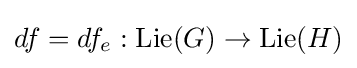
df=df_{e}:\operatorname {Lie} (G)\to \operatorname {Lie} (H)